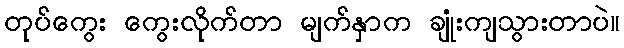
တုပ်ကွေး ကွေးလိုက်တာ မျက်နှာက ချုံးကျသွားတာပဲ။